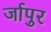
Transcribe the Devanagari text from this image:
र्जापुर